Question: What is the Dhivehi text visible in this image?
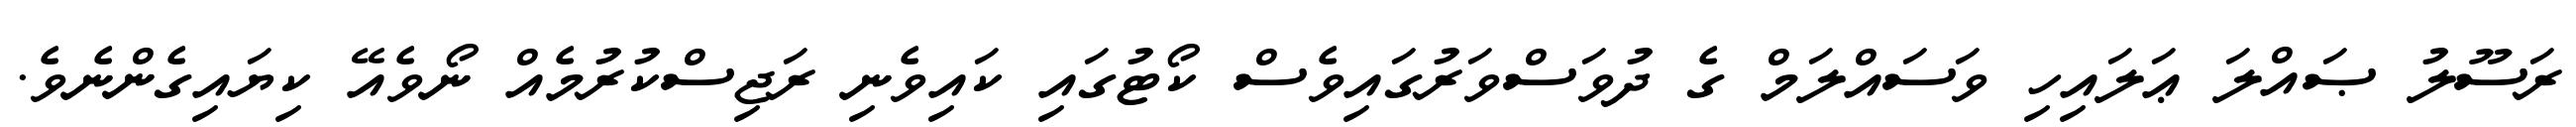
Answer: ރަސޫލު ޞައްލަ ޢަލައިހި ވަސައްލަމް ގެ ދުވަސްވަރުގައިވެސް ކޯޓުގައި ކައިވެނި ރަޖިސްކުރުމެއް ނޯވެއޭ ކިޔައިގެންނެވެ.